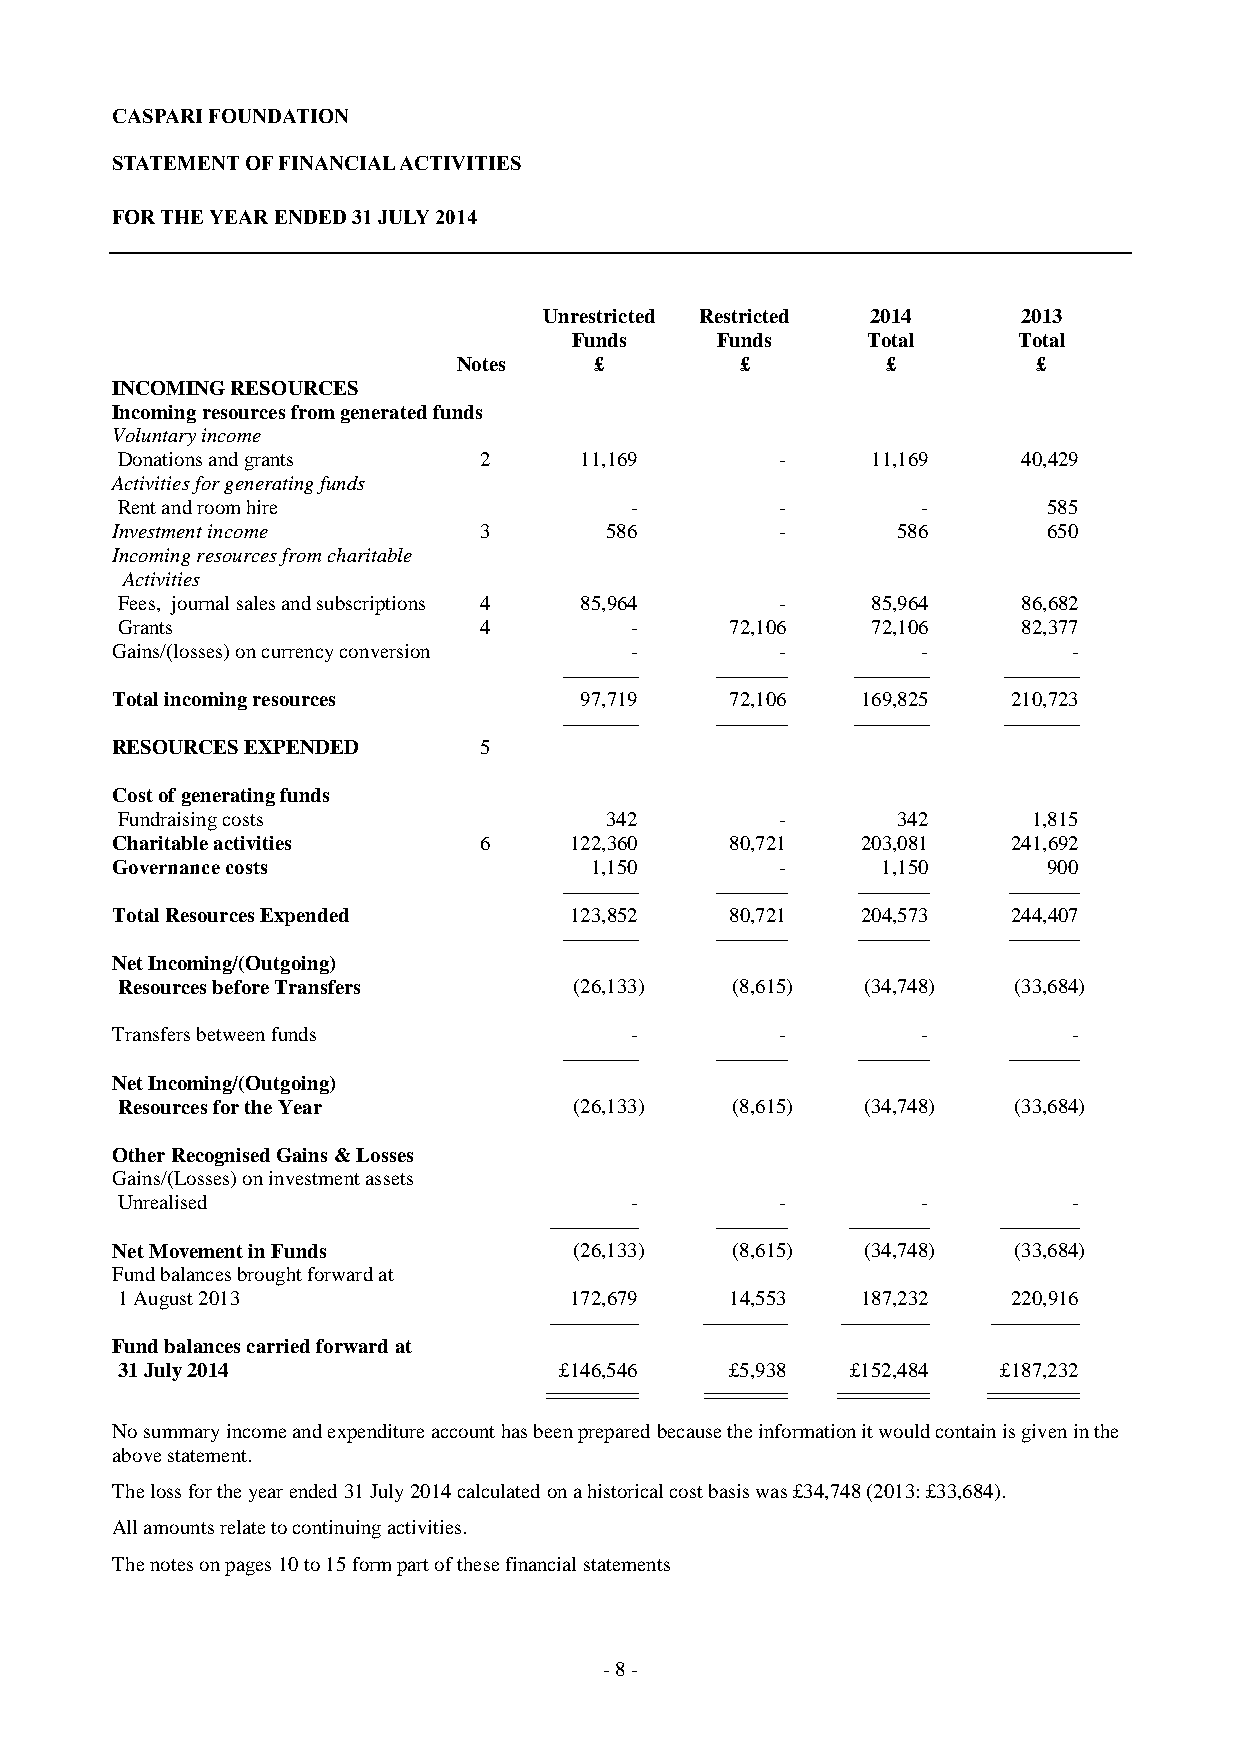
CASPARI FOUNDATION
 STATEMENT OF FINANCIAL ACTIVITIES
 FOR THE YEAR ENDED 31 JULY 2014
 Unrestricted Restricted 2014    2013
 Funds    Funds     Total     Total
 Notes    £         £         £         £
 INCOMING RESOURCES
 Incoming resources from generated funds
 Voluntary income
 Donations and grants    2     11,169        -     11,169    40,429
 Activities for generating funds
 Rent and room hire                -         -        -       585
 Investment income        3       586         -      586       650
 Incoming resources from charitable
 Activities
 Fees, journal sales and subscriptions 4 85,964 -  85,964    86,682
 Grants                  4         -     72,106    72,106    82,377
 Gains/(losses) on currency conversion -      -        -         -
 ----------------- ---------------- ----------------- -----------------
 Total incoming resources       97,719    72,106   169,825   210,723
 ----------------- ---------------- ----------------- -----------------
 RESOURCES EXPENDED       5
 Cost of generating funds
 Fundraising costs               342         -      342      1,815
 Charitable activities    6     122,360   80,721   203,081   241,692
 Governance costs                1,150        -     1,150      900
 ----------------- ---------------- ---------------- ----------------
 Total Resources Expended       123,852   80,721   204,573   244,407
 ----------------- ---------------- ---------------- ----------------
 Net Incoming/(Outgoing)
 Resources before Transfers    (26,133)  (8,615)  (34,748)  (33,684)
 Transfers between funds            -         -        -         -
 ----------------- ---------------- ---------------- ----------------
 Net Incoming/(Outgoing)
 Resources for the Year        (26,133)  (8,615)  (34,748)  (33,684)
 Other Recognised Gains & Losses
 Gains/(Losses) on investment assets
 Unrealised                        -         -        -         -
 -------------------- ---------------- ------------------ ------------------
 Net Movement in Funds          (26,133)  (8,615)  (34,748)  (33,684)
 Fund balances brought forward at
 1 August 2013                 172,679   14,553   187,232   220,916
 -------------------- ------------------- -------------------- --------------------
 Fund balances carried forward at
 31 July 2014                 £146,546   £5,938  £152,484  £187,232
 ========== ========= ========== ==========
 No summary income and expenditure account has been prepared because the information it would contain is given in the
 above statement.
 The loss for the year ended 31 July 2014 calculated on a historical cost basis was £34,748 (2013: £33,684).
 All amounts relate to continuing activities.
 The notes on pages 10 to 15 form part of these financial statements
 - 8 -